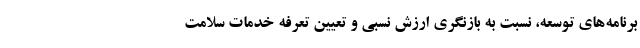
برنامه‌های توسعه، نسبت به بازنگری ارزش نسبی و تعیین تعرفه خدمات سلامت